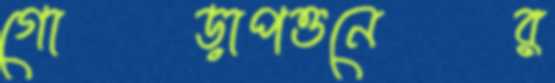
গোড়াপত্তনের